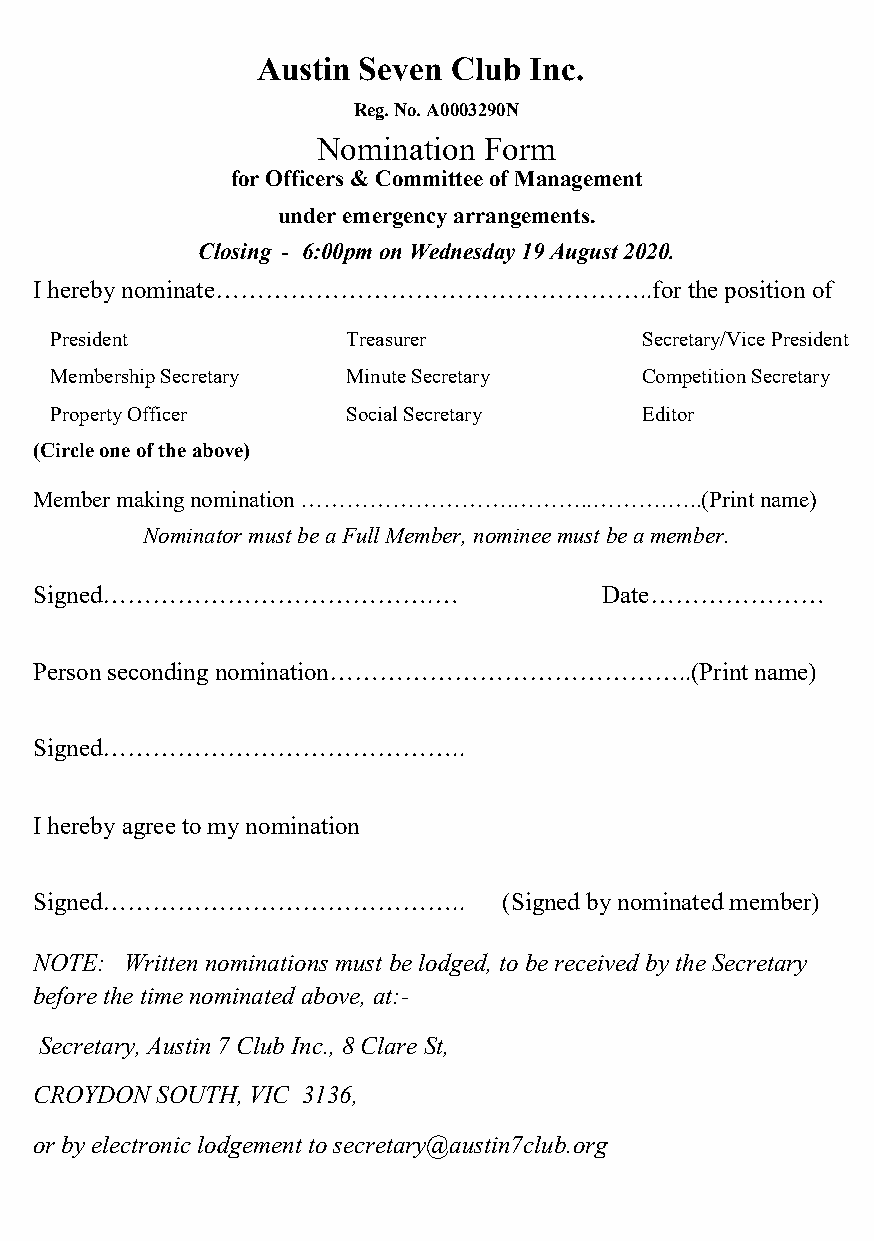
Austin Seven Club Inc.
 Reg. No. A0003290N
 Nomination Form
 for Officers & Committee of Management
 under emergency arrangements.
 Closing - 6:00pm on Wednesday 19 August 2020.
 I hereby nominate……………………………………………..for     the position of
 President           Treasurer           Secretary/Vice President
 Membership Secretary Minute Secretary   Competition Secretary
 Property Officer    Social Secretary    Editor
 (Circle one of the above)
 Member making nomination ……………………….………..……….…..(Print name)
 Nominator must be a Full Member, nominee must be a member.
 Signed………………………………….…                 Date…………………
 Person seconding nomination……………………………………..(Print name)
 Signed……………………………………..
 I hereby agree to my nomination
 Signed……………………………………..         (Signed by nominated member)
 NOTE: Written nominations must be lodged, to be received by the Secretary
 before the time nominated above, at:-
 Secretary, Austin 7 Club Inc., 8 Clare St,
 CROYDON SOUTH, VIC 3136,
 or by electronic lodgement to secretary@austin7club.org